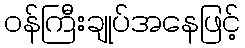
ဝန်ကြီးချုပ်အနေဖြင့်